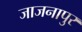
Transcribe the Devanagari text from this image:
जाजनापुर